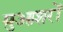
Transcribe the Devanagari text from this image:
मुआशरों